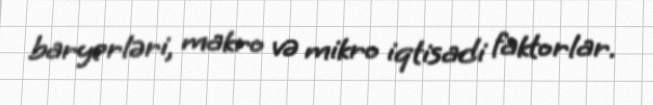
baryerləri, makro və mikro iqtisadi faktorlar.